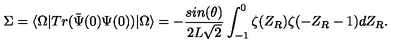
\Sigma = \langle \Omega \vert T r ( { \bar { \Psi } ( 0 ) } \Psi ( 0 ) ) \vert \Omega \rangle = - { \frac { s i n ( \theta ) } { 2 L \sqrt { 2 } } } \int _ { - 1 } ^ { 0 } \zeta ( Z _ { R } ) \zeta ( - Z _ { R } - 1 ) d Z _ { R } .